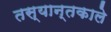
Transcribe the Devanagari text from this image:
तस्यान्तकाले